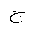
Letter: _gim